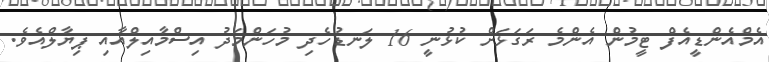
އެމްއެންޑީއެފް ޓީމުން އެންމެ ރަގަޅަށް ކުޅުނީ 16 ލަނޑުހެދި މުހަންމަދު އިސްމާއިލްއާއި ޕިޔާލްއެވެ.